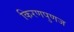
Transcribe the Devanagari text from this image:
किरणपुणज